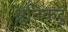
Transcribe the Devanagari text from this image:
श्रुतिकटु